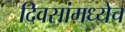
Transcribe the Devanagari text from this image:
दिवसांमध्येच